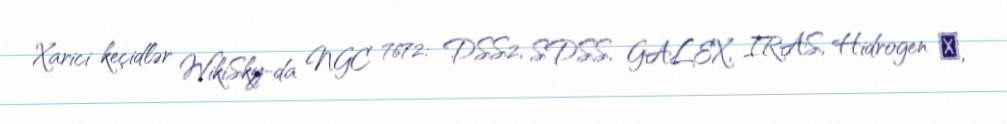
Xarici keçidlər WikiSky-da NGC 7672: DSS2, SDSS, GALEX, IRAS, Hidrogen α,